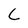
Character: c